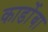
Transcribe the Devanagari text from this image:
कार्डोबा